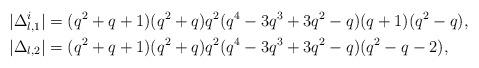
LaTeX: \begin{align*} |\Delta_{l,1}^i| & = (q^2+q+1)(q^2+q)q^2(q^4-3q^3+3q^2-q)(q+1)(q^2-q), \\ |\Delta_{l,2}| & = (q^2+q+1)(q^2+q)q^2(q^4-3q^3+3q^2-q)(q^2-q-2),\end{align*}